Insane asylums Bombay 1873-77 - 1873-1877
Year: 1873
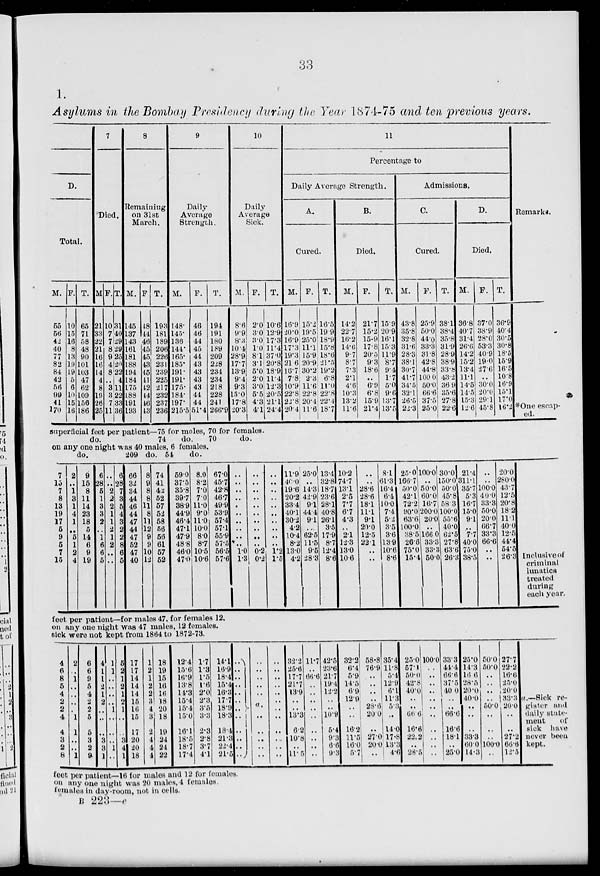
33
1.
Asylums in the Bombay Presidency during the Year 1874-75 and ten previous years.
D.
Total.
M.
55
56
42
40
77
82
84
42
56
99
41
170
F.
10
15
16
8
13
19
19
5
6
10
15
16
T.
65
71
58
48
90
101
103
47
62
109
156
186
7
Died.
M.
21
33
22
21
16
16
14
4
8
19
26
25
F.
10
7
7
8
9
4
8
..
3
3
7
11
T.
31
40
29
29
25
20
22
4
11
22
33
36
8
Remaining
on 31st
March.
M.
145
137
143
161
181
188
194
184
175
188
191
193
F.
48
44
46
45
45
43
45
41
42
44
46
43
T.
193
181
189
206
226
231
239
225
217
232
237
236
9
Daily
Average
Strength.
M.
148.
145.
136.
144.
165.
185.
191.
191.
175.
184.
197.
215.5
F.
46
46
44
45
44
43
43
43
43
44
44
51.4
T.
194
191
180
189
209
228
234
234
218
228
241
266.9
10
Daily
Average
Sick.
M.
8.6
9.9
8.3
10.4
28.9
17.7
13.9
9.4
9.3
15.0
17.8
20.3
F.
2.0
3.0
3.0
1.0
8.1
3.1
5.0
2.0
3.0
5.5
4.3
4.1
T.
10.6
12.9
17.3
11.4
37.0
20.8
18.9
11.4
12.3
20.5
21.1
24.4
11
Percentage to
Daily Average Strength.
A.
Cured.
M.
16.9
20.0
16.9
17.3
19.3
21.6
16.7
7.8
10.9
22.8
22.8
20.4
F.
15.2
19.5
25.0
11.1
15.9
20.9
30.2
2.3
11.6
22.8
20.4
11.6
T.
16.5
19.9
18.9
15.8
18.6
21.5
19.2
6.8
11.0
22.8
22.4
18.7
B.
Died.
M.
14.2
22.7
16.2
14.6
9.7
8.7
7.3
2.1
4.6
10.3
13.2
11.6
F.
21.7
15.2
15.9
17.8
20.5
9.3
18.6
..
6.9
6.8
15.9
21.4
T.
15.9
20.9
16.1
15.3
11.9
8.7
9.4
1.7
5.0
9.6
13.7
13.5
Admissions.
C.
Cured.
M.
43.8
35.8
32.8
31.6
28.3
38.1
30.7
41.7
34.5
32.1
26.5
22.3
F.
25.9
50.0
44.0
33.3
31.8
42.8
44.8
100.0
50.0
66.6
37.5
25.0
T.
38.1
38.4
35.8
31.9
28.9
38.9
33.8
43.2
36.9
35.6
27.8
22.6
D.
Died.
M.
36.8
40.7
31.4
26.6
14.2
15.2
13.4
11.1
14.5
14.5
15.3
12.6
F.
37.0
38.9
28.0
53.3
40.9
19.0
27.6
..
30.0
20.0
29.1
45.8
T.
36.9
40.4
30.5
30.8
18.5
15.9
16.5
10.8
16.9
15.1
17.0
16.2
Remarks.
*One escap-
ed.
superficial feet per patient—75 for males, 70 for females.
do.
74
do.
70
do.
on any one night was 40 males, 6 females.
do.
209 do. 54 do.
7
15
7
8
13
19
17
5
9
5
7
15
2
..
1
3
1
4
1
..
5
1
2
4
9
15
8
11
14
23
18
5
14
6
9
19
6
28
5
1
3
3
2
..
1
6
6
5
..
..
2
2
2
1
1
2
1
2
..
..
6
28
7
3
5
4
3
2
2
8
6
5
66
32
34
44
46
44
47
44
47
52
47
40
8
9
8
8
11
8
11
12
9
9
10
12
74
41
42
52
57
52
58
56
56
61
57
52
59.0
37.5
35.8
39.7
38.9
44.9
46.4
47.1
47.9
48.8
46.0
47.0
8.0
8.2
7.0
7.0
11.0
9.0
11.0 10.0
8.0
8.7
10.5
10.6
67.0
45.7
42.8
46.7
49.9
53.9
57.4
57.1
55.9
57.5
56.5
57.6
..
..
..
..
..
..
..
..
..
..
1.0
1.3
..
..
..
..
..
..
..
..
..
..
0.2
0.2
..
..
..
..
..
..
..
..
..
..
1.2
1.5
11.9
40.0
19.6
20.2
33.4
40.1
30.2
4.2
10.4
8.2
13.0
4.2
25.0
..
14.3
42.9
9.1
44.4
9.1
..
62.5
11.5
9.5
28.3
13.4
32.8
18.7
23.6
28.1
40.8
26.1
3.5
17.9
8.7
12.4
8.6
10.2
74.7
13.1
2.5
7.7
6.7
4.3
..
2.1
12.3
13.0
10.6
..
..
28.6
28.6
18.1
11.1
9.1
20.0
12.5
22.1
..
..
8.1
61.3
16.4
6.4
10.0
7.4
5.2
3.5
3.6
13.9
10.6
8.6
25.0
166.7
50.0
42.1
72.2
90.0
63.6
100.0
38.5
26.8
75.0
15.4
100.0
..
50.0
60.0
16.7
200.0
20.0
..
166.0
33.3
33.3
50.0
30.0
150.0
50.0
45.8
58.3
100.0
55.6
40.0
62.5
27.8
63.6
26.3
21.4
311.1
35.7
5.3
16.7
15.0
9.1
..
7.7
40.0
75.0
38.5
..
..
100.0
40.0
33.3
50.0
20.0
66.7
33.3
66.6
..
..
20.0
280.0
43.7
12.5
20.8
18.2
11.1
40.0
12.5
44.4
54.5
26.3 Inclusive of
criminal
lunatics
treated
during
each year.
feet per patient—for males 47, for females 12.
on any one night was 47 males, 12 females.
sick were not kept from 1864 to 1872-73.
4
6
8
5
4
2
2
4
4
3
2
8
2
..
1
..
..
..
.
1
1
..
..
1
6
6
9
5
4
2
2
5
5
3
2
9
4
1
1
2
1
2
..
..
..
3
3
1
1
1
..
..
..
..
1
..
..
..
1
..
5
2
1
2
1
2
1
..
..
3
4
1
17
17
14
14
14
15
16
15
17
20
20
18
1
2
1
2
2
3
4
3
2
4
4
4
18
19
15
16
16
18
20
18
19
24
24
22
12.4
15.6
16.9
13.8
14.3
15.4
15.4
15.0
16.1
18.5
18.7
17.4
1.7
1.3
1.5
1.6
2.0
2.3
3.5
3.3
2.3
2.8
3.7
4.1
14.1
16.9
18.4
15.4
16.3
17.7
18.9
18.3
18.4
21.3
22.4
21.5
..
..
..
..
..
..
a.
..
..
..
..
..
..
..
..
..
..
..
..
..
..
..
..
..
..
..
..
..
..
..
..
..
..
..
..
..
32.2
25.6
17.7
21.7
13.9
..
..
13.3
6.2
10.8
..
11.5
11.7
..
66.6
..
..
..
..
..
..
..
..
..
42.5
23.6
21.7
19.4
12.2
..
..
10.9
5.4
9.3
6.6
9.3
32.2
6.4
5.9
14.5
6.9
12.9
..
..
16.2
11.5
16.0
5.7
58.8
76.9
..
..
..
..
28.6
20.0
..
27.0
20.0
..
35.4
11.8
5.4
12.9
6.1
11.3
5.3
..
14.0
17.8
13.3
4.6
25.0
57.1
50.0
42.8
40.0
..
..
66.6
16.6
22.2
..
28.5
100.0
..
..
..
..
..
..
..
..
..
..
..
33.3
44.4
66.6
37.5
40.0
..
..
66.6
16.6
18.1
..
25.0
25.0
14.3
16.6
28.5
20.0
40.0
..
..
..
33.3
60.0
14.3
50.0
50.0
..
..
..
..
50.0
..
..
..
100.0
..
27.7
22.2
16.6
25.0
20.0
33.3
20.0
..
..
27.2
66.6
12.5
a.—Sick re-
gister and
daily state-
ment
of
sick
have
never been
kept.
feet per patient—16 for males and 12 for females.
on any one night was 20 males, 4 females.
females in day-room, not in cells.
B 223—e